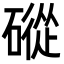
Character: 磫